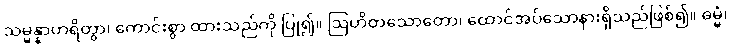
သမ္မန္နာဟရိတွာ၊ ကောင်းစွာ ထားသည်ကို ပြု၍။ ဩဟိတသောတော၊ ထောင်အပ်သောနားရှိသည်ဖြစ်၍။ ဓမ္မံ၊